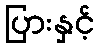
ပြားနှင့်